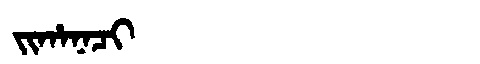
Manchu: ᠵᡳᡥᠠᠨᠠᠴᡳ
Romanization: JIHANACI